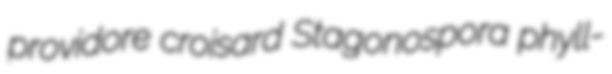
providore croisard Stagonospora phyll-